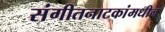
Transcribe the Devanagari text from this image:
संगीतनाटकांमधील